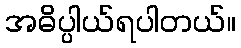
အဓိပ္ပါယ်ရပါတယ်။